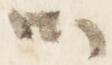
御